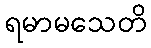
ရမာမသေတိ